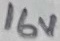
Text: 16V